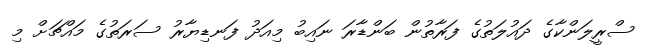
ސްރީލަންކާގެ ދައުލަތުގެ ފަރާތުން ބަންޑާރަ ނައިބު މިއަދު ފަނޑިޔާރު ސަރަތުގެ މައްޗަށް މި